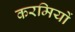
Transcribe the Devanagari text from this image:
करमियों